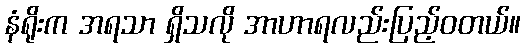
နံရိုးက အရသာ ရှိသလို အာဟာရလည်းပြည့်ဝတယ်။